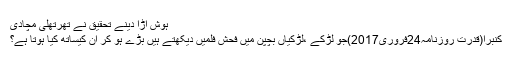
ہوش اڑا دینے تحقیق نے تھرتھلی مچادی
کنبرا(قدرت روزنامہ24فروری2017)جو لڑکے ،لڑکیاں بچپن میں فحش فلمیں دیکھتے ہیں بڑے ہو کر ان کیساتھ کیا ہوتا ہے؟